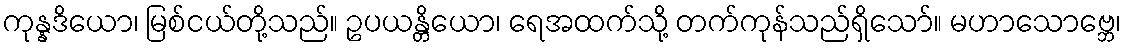
ကုန္နဒိယော၊ မြစ်ငယ်တို့သည်။ ဥပယန္တိယော၊ ရေအထက်သို့ တက်ကုန်သည်ရှိသော်။ မဟာသောဗ္ဘေ၊